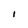
Character: I